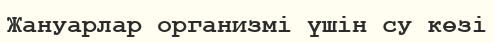
Жануарлар организмі үшін су көзі